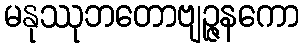
မနုဿုဘတောဗျဉ္ဇနကော